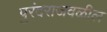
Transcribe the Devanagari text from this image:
पुरंदराजवळील